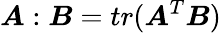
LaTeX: \boldsymbol{A}:\boldsymbol{B}=tr(\boldsymbol{A}^{T}\boldsymbol{B})